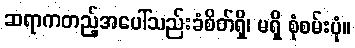
ဆရာကတည့်အပေါ်သည်းခံစိတ်ရှိ၊ မရှိ စုံစမ်းပုံ။